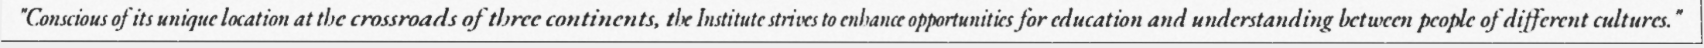
"Conscious of its unique location at the crossroads of three continents, the Institute strives to enhance opportunities for education and understanding between people of different cultures."